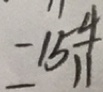
= 1 5 \frac { 4 } { 1 1 }